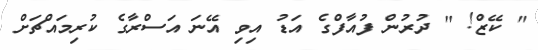
" ކޭޒް! " ދުރުން ފުއާފްގެ އަޑު އިވި އޭނަ އަސްރާގެ ކުރިމައްޗަށް